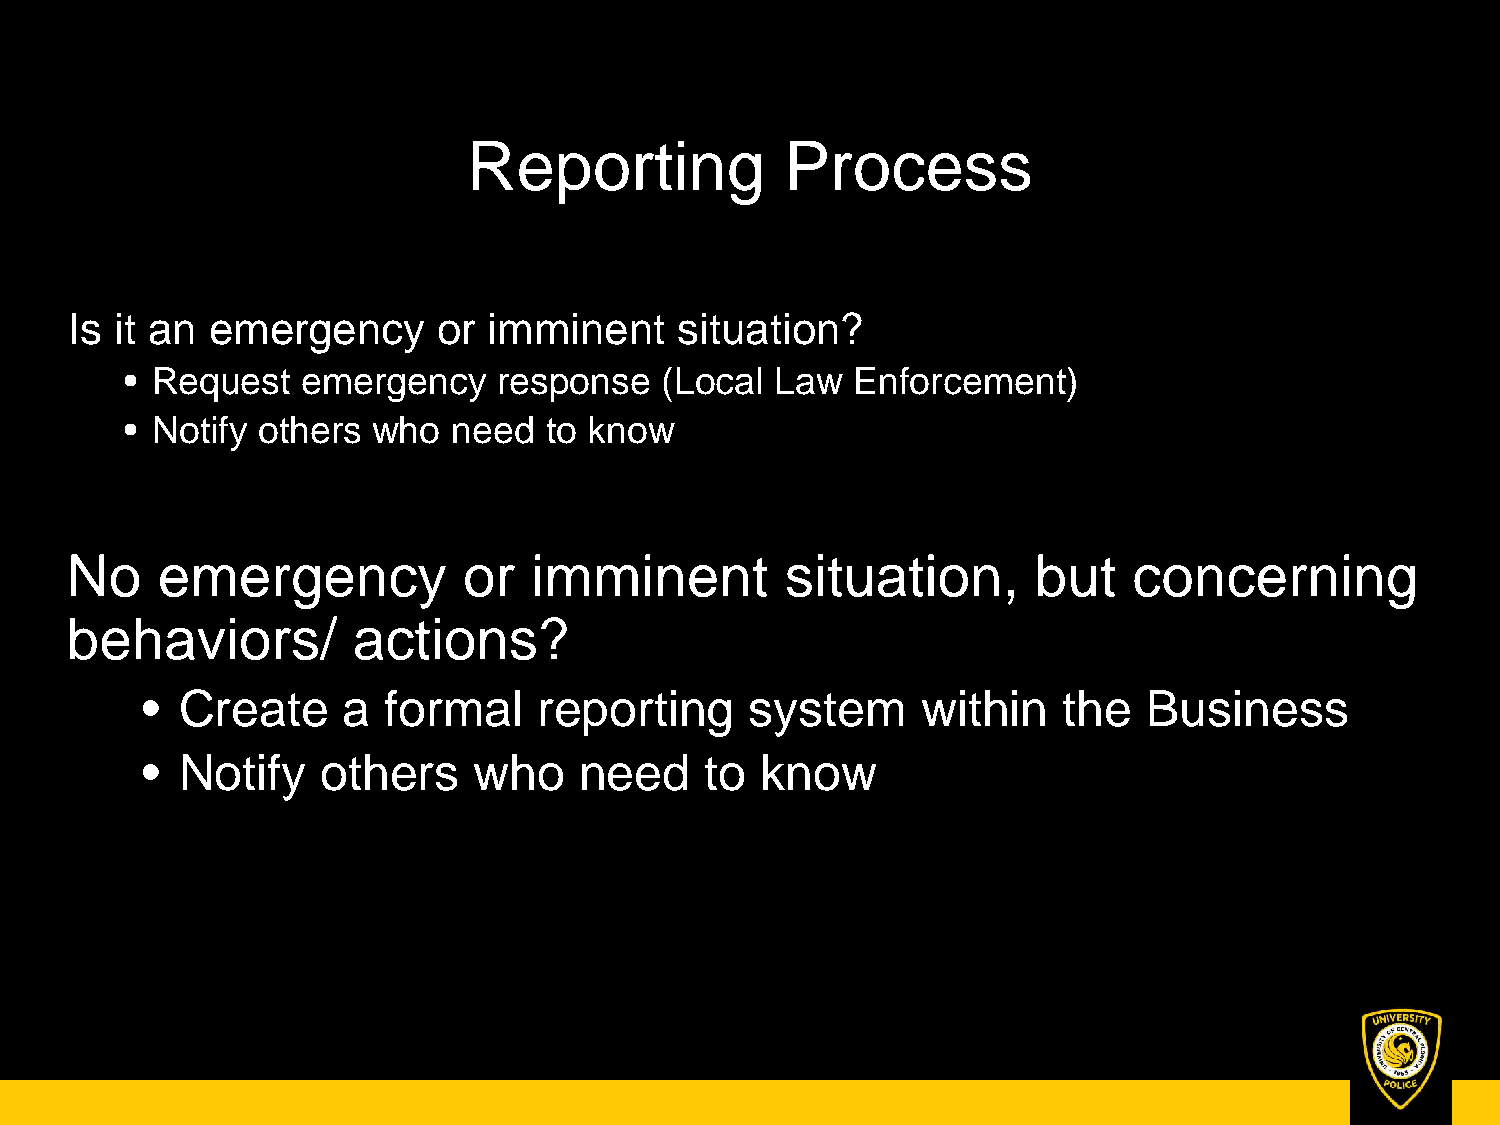
Reporting            Process
 Is  it an emergency      or imminent     situation?
 • Request   emergency    response   (Local Law   Enforcement)
 • Notify others  who  need  to know
 No    emergency            or  imminent         situation,       but   concerning
 behaviors/         actions?
 •  Create     a formal     reporting     system     within   the   Business
 •  Notify   others    who    need     to know